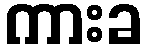
ကားခ